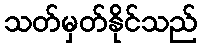
သတ်မှတ်နိုင်သည်